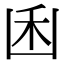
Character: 𠚉